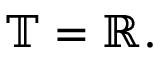
\mathbb { T } = \mathbb { R } .